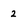
Character: 2